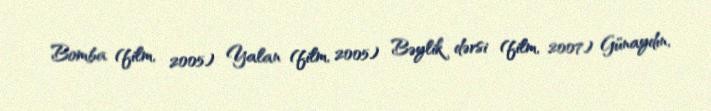
Bomba (film, 2005) Yalan (film, 2005) Bəylik dərsi (film, 2007) Günaydın,